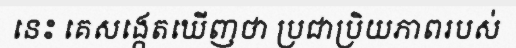
នេះ គេសង្កេតឃើញថា ប្រជាប្រិយភាពរបស់